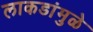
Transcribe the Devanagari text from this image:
लाकडांमुळे